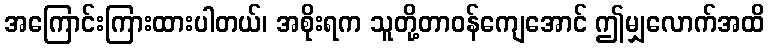
အကြောင်းကြားထားပါတယ်၊ အစိုးရက သူတို့တာဝန်ကျေအောင် ဤမျှလောက်အထိ